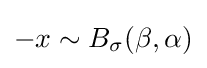
-x\sim B_{\sigma }(\beta ,\alpha )